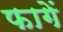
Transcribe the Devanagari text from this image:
फागें